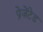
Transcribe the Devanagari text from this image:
प्रेज़ेंटेड